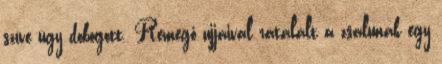
szíve úgy dobogott. Remegő ujjaival rátalált a zsalunak egy